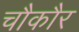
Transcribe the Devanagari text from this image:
चौकौर